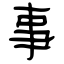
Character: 事